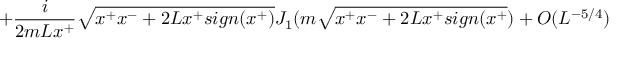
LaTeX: + { \frac { i } { 2 m L x ^ { + } } } \sqrt { x ^ { + } x ^ { - } + 2 L x ^ { + } s i g n ( x ^ { + } ) } J _ { 1 } ( m \sqrt { x ^ { + } x ^ { - } + 2 L x ^ { + } s i g n ( x ^ { + } } ) + O ( L ^ { - 5 / 4 } )